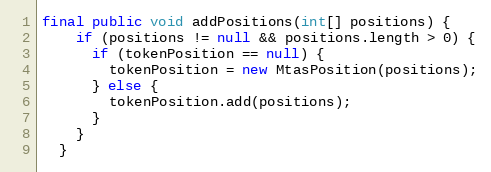
Language: Java
final public void addPositions(int[] positions) {
    if (positions != null && positions.length > 0) {
      if (tokenPosition == null) {
        tokenPosition = new MtasPosition(positions);
      } else {
        tokenPosition.add(positions);
      }
    }
  }